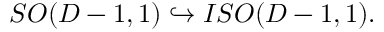
S O ( D - 1 , 1 ) \hookrightarrow I S O ( D - 1 , 1 ) .